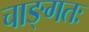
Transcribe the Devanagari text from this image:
चाङ्गतः